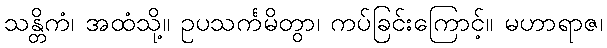
သန္တိကံ၊ အထံသို့။ ဥပသင်္ကမိတွာ၊ ကပ်ခြင်းကြောင့်။ မဟာရာဇ၊